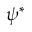
\psi ^ { * }